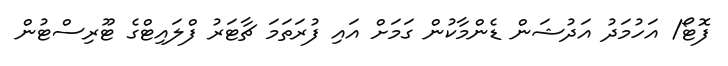
ފޮޓޯ/ އަހުމަދު އަދުޝަން ޑެންމާކުން ގަމަށް އައި ފުރަތަމަ ޗާޓަރު ފްލައިޓްގެ ޓޫރިސްޓުން